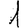
Digit: 1